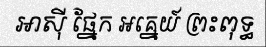
អាស៊ី ផ្នែក អគ្នេយ៍ ព្រះពុទ្ធ